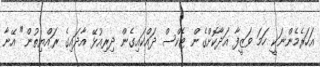
އަހަރެމެންނަކީ ހަމަ ވަޒީފާ އަދާކޮށްގެން ޓެކްސް ދައްކައިގެން ދިރިއުޅޭ އާދައިގެ ރައްޔިތުން" އޭނާ